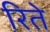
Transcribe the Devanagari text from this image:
रिते